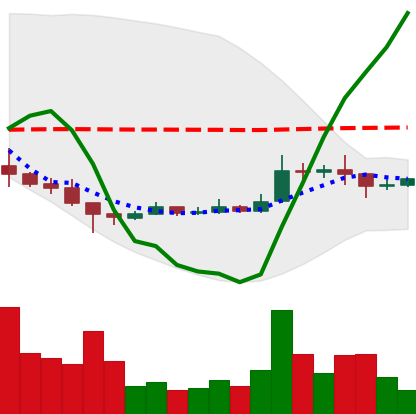
Ticker: XRP-USD
Chart end date: 2021-01-13
Forward return: -6.81%
Label: down_5_7